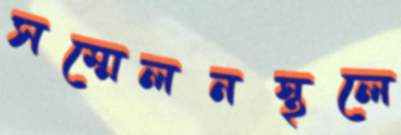
সম্মেলনস্থলে